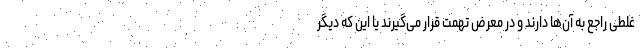
غلطی راجع به آن‌ها دارند و در معرض تهمت قرار می‌گیرند یا این که دیگر